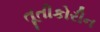
તૂતીકોરીન